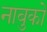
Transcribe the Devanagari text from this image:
नाबुको